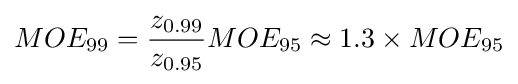
MOE_{99}={\frac {z_{0.99}}{z_{0.95}}}MOE_{95}\approx 1.3\times MOE_{95}